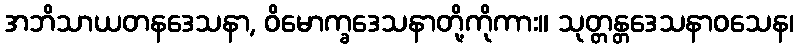
အဘိသာယတနဒေသနာ, ဝိမောက္ခဒေသနာတို့ကိုကား။ သုတ္တန္တဒေသနာဝသေန၊